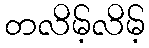
တလိမ့်လိမ့်